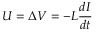
U = \Delta V = - L { \frac { d I } { d t } }